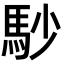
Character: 𩡾